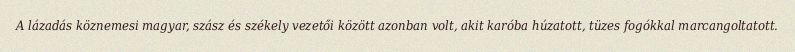
A lázadás köznemesi magyar, szász és székely vezetői között azonban volt, akit karóba húzatott, tüzes fogókkal marcangoltatott.